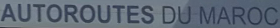
AUTOROUTES DU MAROC